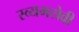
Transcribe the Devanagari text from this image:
स्व्यमसेवी